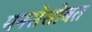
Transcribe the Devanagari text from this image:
मनसेसोबत